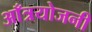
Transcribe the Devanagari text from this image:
आँत्रयोजनी